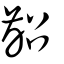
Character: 齠